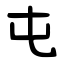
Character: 屯